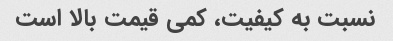
نسبت به کیفیت، کمی قیمت بالا است